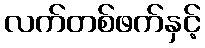
လက်တစ်ဖက်နှင့်